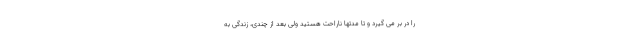
را در بر می گیرد و تا مدتها ناراحت هستید ولی بعد از چندی، زندگی به